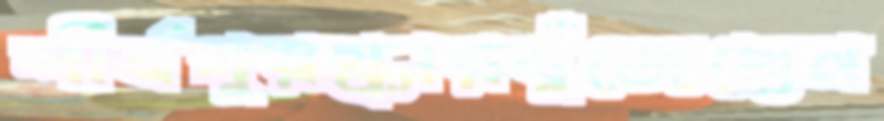
শীর্ষপুরস্কারবুঁজেছেন